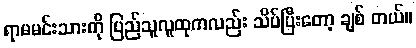
ရာမမင်းသားကို ပြည်သူလူထုကလည်း သိပ်ပြီးတော့ ချစ် တယ်။